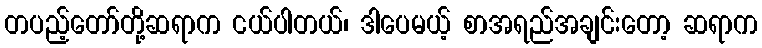
တပည့်တော်တို့ဆရာက ငယ်ပါတယ်၊ ဒါပေမယ့် စာအရည်အချင်းတော့ ဆရာက